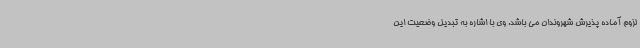
لزوم آماده پذیرش شهروندان می باشد. وی با اشاره به تبدیل وضعیت این